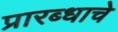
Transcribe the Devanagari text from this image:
प्रारब्धाचे